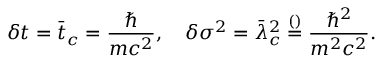
\delta t = \bar { t } _ { c } = \frac { \hbar } { m c ^ { 2 } } , \quad \delta \sigma ^ { 2 } = \bar { \lambda } _ { c } ^ { 2 } \overset { \footnotesize ( ) } { = } \frac { \hbar ^ { 2 } } { m ^ { 2 } c ^ { 2 } } .